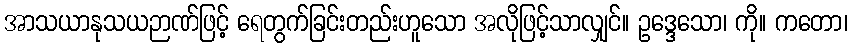
အာသယာနုသယဉာဏ်ဖြင့် ရေတွက်ခြင်းတည်းဟူသော အလိုဖြင့်သာလျှင်။ ဥဒ္ဒေသော၊ ကို။ ကတော၊